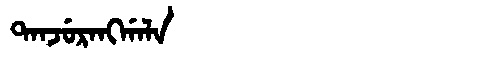
Manchu: ᡨᠠᠨᠵᡠᡵᠠᠩᡤᠠᠯᠠ
Romanization: TANJURANGGALA